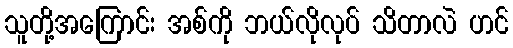
သူတို့အကြောင်း အစ်ကို ဘယ်လိုလုပ် သိတာလဲ ဟင်